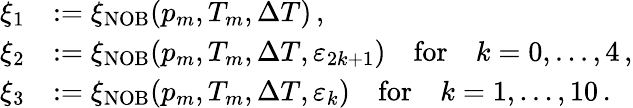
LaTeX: \begin{array}{rl}{\xi_{1}}&{:=\xi_{\mathrm{NOB}}(p_{m},T_{m},\Delta T)\, ,}\\ {\xi_{2}}&{:=\xi_{\mathrm{NOB}}(p_{m},T_{m},\Delta T,\varepsilon_{2k+1})\quad\mathrm{for}\quad k=0,...,4\, ,}\\ {\xi_{3}}&{:=\xi_{\mathrm{NOB}}(p_{m},T_{m},\Delta T,\varepsilon_{k})\quad\mathrm{for}\quad k=1,...,10\, .}\end{array}